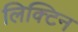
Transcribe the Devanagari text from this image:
लिक्टिन